Civil Veterinary Department. United Provinces 1923-31 - 1923-1931
Year: 1923
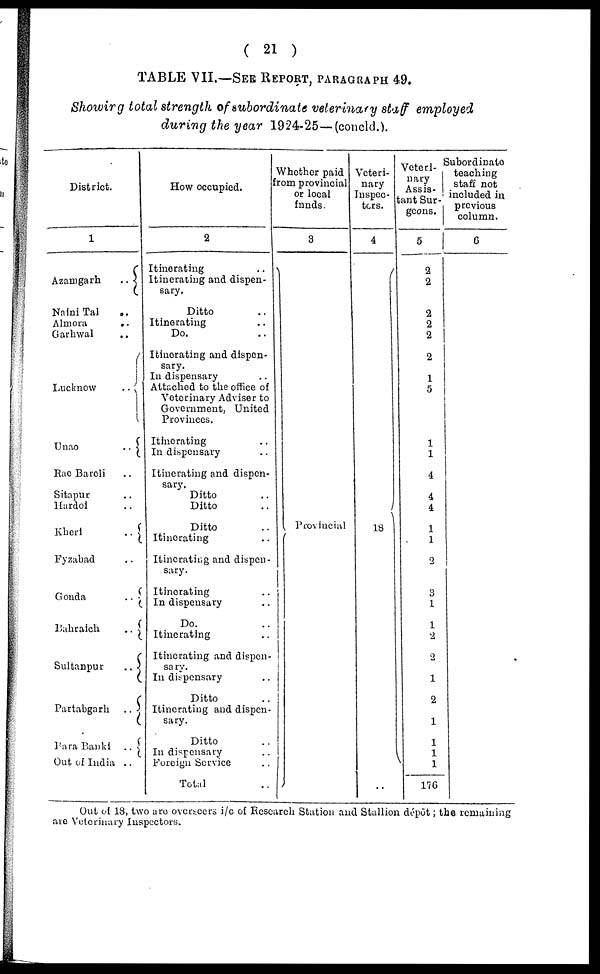
( 21 )
TABLE VII.—SEE REPORT, PARAGRAPHS 49.
Showing total strength of subordinate veterinary staff employed
during the year 1924-25—(concld.).
District.
1
Azamgarh
..
Naini Tal ..
Almora
..
Garhwal ..
Lucknew
..
Unao ..
Rae Bareli ..
Sitapur ..
Hardei ..
Kheri
..
Fyzabad ..
Gonda
..
Bahraich
..
Sultanpur
..
Partabgarh
..
Bara Banki ..
Oat of India ..
How occupied.
2
Itinerating
..
Itinerating and dispen-
sary.
Ditto ..
Itinerating ..
Do. ..
Itinerating and dispen-
sary.
In dispensary ..
Attached to the office of
Veterinary Adviser to
Government, United
Provinces.
Itinerating
..
In dispensary
..
Itinerating and dispen-
sary.
Ditto
..
Ditto
Ditto
..
Itinerating
..
Itinerating and dispen-
sary.
Itinerating
..
In dispensary ..
Do.
..
Itinerating
..
Itinerating and dispen-
sary.
In dispensary
..
Ditto
..
Itinerating and dispen-
sary.
Ditto
..
In dispensary ..
Foreign Service ..
Total
..
Whether paid
from provincial
or local
funds.
3
Provincial
Veteri-
nary
Inspec-
ters.
4
18
..
Veteri-
nary
Assis-
tant Sur-
geons.
5
2
2
2
2
2
2
1
5
1
1
4
4
4
1
1
2
3
1
1
2
1
2
1
1
1
1
176
Subordinato
teaching
staff not
included in
previous
column.
6
i
Out of 18, two are overseers 1/c of Research Station and Stallion dépôt ; the remaining
are Veterinary Inspectors.